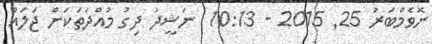
ނޮވެމްބަރު 25